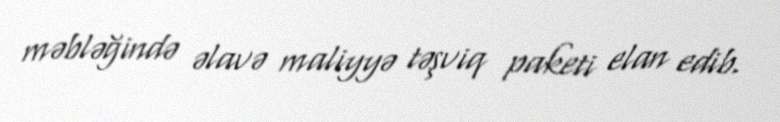
məbləğində əlavə maliyyə təşviq paketi elan edib.